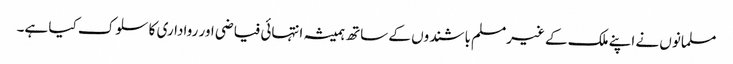
مسلمانوں نے اپنے ملک کے غیرمسلم باشندوں کے ساتھ ہمیشہ انتہائی فیاضی اور رواداری کا سلوک کیا ہے۔